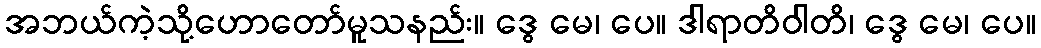
အဘယ်ကဲ့သို့ဟောတော်မူသနည်း။ ဒွေ မေ၊ ပေ။ ဒါရာတိဝါတိ၊ ဒွေ မေ၊ ပေ။